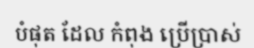
បំផុត ដែល កំពុង ប្រើប្រាស់